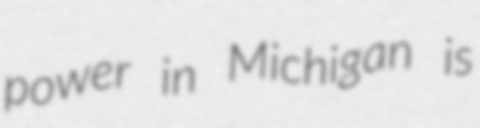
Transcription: power in Michigan is